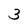
Character: 3